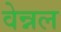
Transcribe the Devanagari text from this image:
वेन्नल